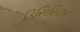
ડિસિસિઝ